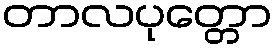
တာလပုတ္တော